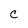
Character: C